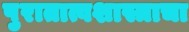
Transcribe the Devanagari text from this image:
पुरातात्वशास्त्राचा